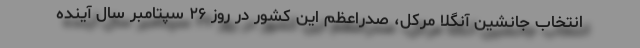
انتخاب جانشین آنگلا مرکل، صدراعظم این کشور در روز ۲۶ سپتامبر سال آینده